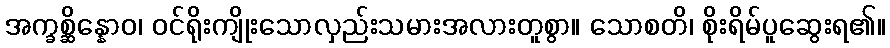
အက္ခစ္ဆိန္နောဝ၊ ဝင်ရိုးကျိုးသောလှည်းသမားအလားတူစွာ။ သောစတိ၊ စိုးရိမ်ပူဆွေးရ၏။